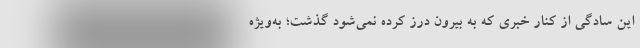
این سادگی از کنار خبری که به بیرون درز کرده نمی‌شود گذشت؛ به‌ویژه